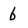
Character: 6